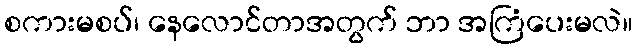
စကားမစပ်၊ နေလောင်တာအတွက် ဘာ အကြံပေးမလဲ။